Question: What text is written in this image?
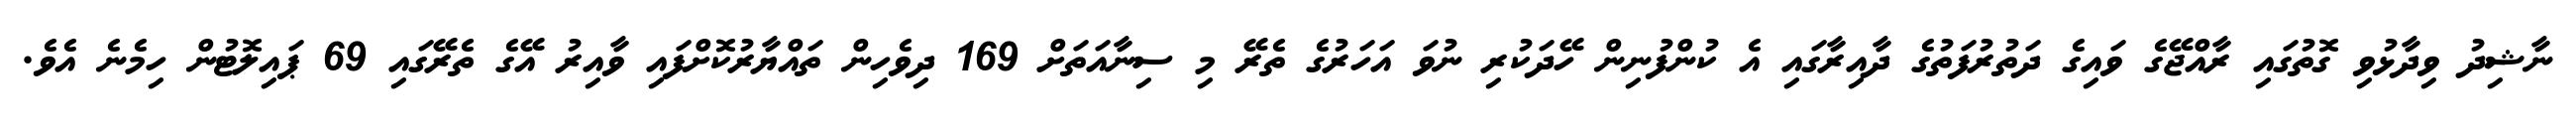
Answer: ނާޝިދު ވިދާޅުވި ގޮތުގައި ރާއްޖޭގެ ވައިގެ ދަތުރުފަތުގެ ދާއިރާގައި އެ ކުންފުނިން ހޭދަކުރި ނުވަ އަހަރުގެ ތެރޭ މި ސިނާއަތަށް 169 ދިވެހިން ތައްޔާރުކޮށްފައި ވާއިރު އޭގެ ތެރޭގައި 69 ޕައިލޮޓުން ހިމެނެ އެވެ.